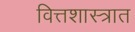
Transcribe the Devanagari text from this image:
वित्तशास्त्रात